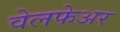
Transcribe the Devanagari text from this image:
वेलफेअर